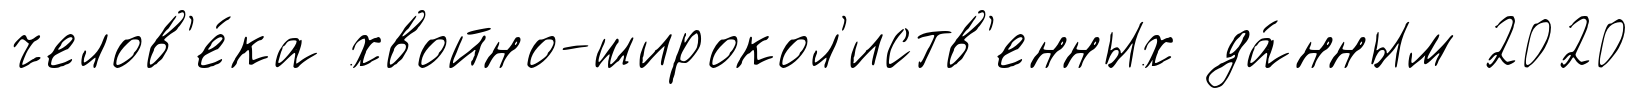
челов'е́ка хвойно-широкол'иств'енных да́нным 2020